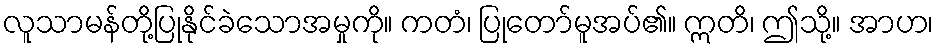
လူသာမန်တို့ပြုနိုင်ခဲသောအမှုကို။ ကတံ၊ ပြုတော်မူအပ်၏။ ဣတိ၊ ဤသို့။ အာဟ၊